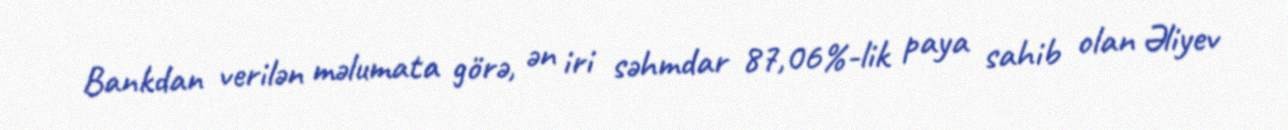
Bankdan verilən məlumata görə, ən iri səhmdar 87,06%-lik paya sahib olan Əliyev